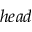
h e a d